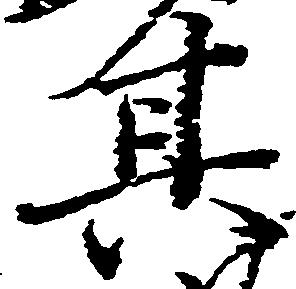
其